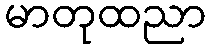
မာတုထညာ